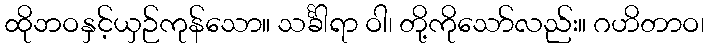
ထိုဘဝနှင့်ယှဉ်ကုန်သော။ သင်္ခါရာ ဝါ၊ တို့ကိုသော်လည်း။ ဂဟိတာဝ၊